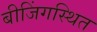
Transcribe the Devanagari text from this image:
बीजिंगस्थित